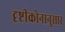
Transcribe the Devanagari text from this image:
दृष्टीकोनानुसार